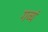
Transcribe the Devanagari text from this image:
गव्यं